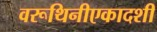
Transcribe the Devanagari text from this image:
वरूथिनीएकादशी